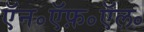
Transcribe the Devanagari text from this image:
ऍन॰ऍफ़॰ऍल॰